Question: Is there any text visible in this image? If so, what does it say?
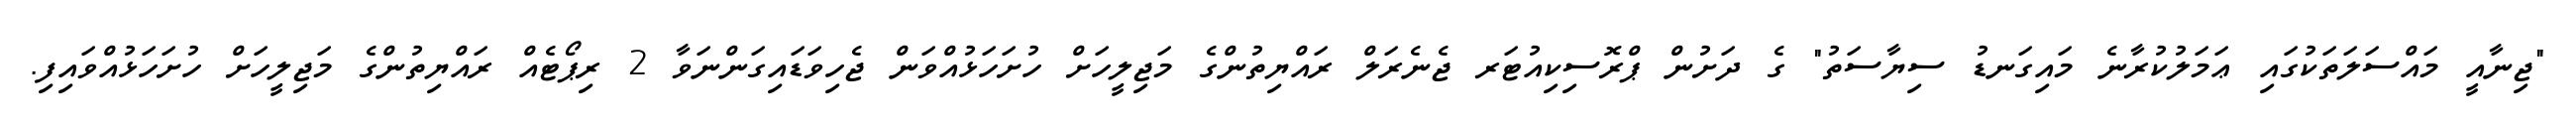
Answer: "ޖިނާއީ މައްސަލަތަކުގައި ޢަމަލުކުރާނެ މައިގަނޑު ސިޔާސަތު" ގެ ދަށުން ޕްރޮސިކިއުޓަރ ޖެނެރަލް ރައްޔިތުންގެ މަޖިލީހަށް ހުށަހަޅުއްވަން ޖެހިވަޑައިގަންނަވާ 2 ރިޕޯޓެއް ރައްޔިތުންގެ މަޖިލީހަށް ހުށަހަޅުއްވައިފި.